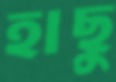
হাছু